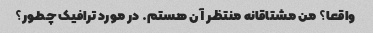
واقعا؟ من مشتاقانه منتظر آن هستم. در مورد ترافیک چطور؟